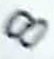
Text: 8